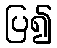
ပြ၍